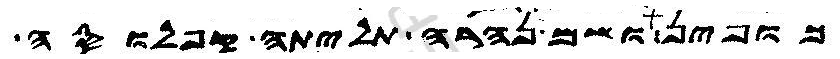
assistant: כופין ושם נהרה תליתה קפלוסה